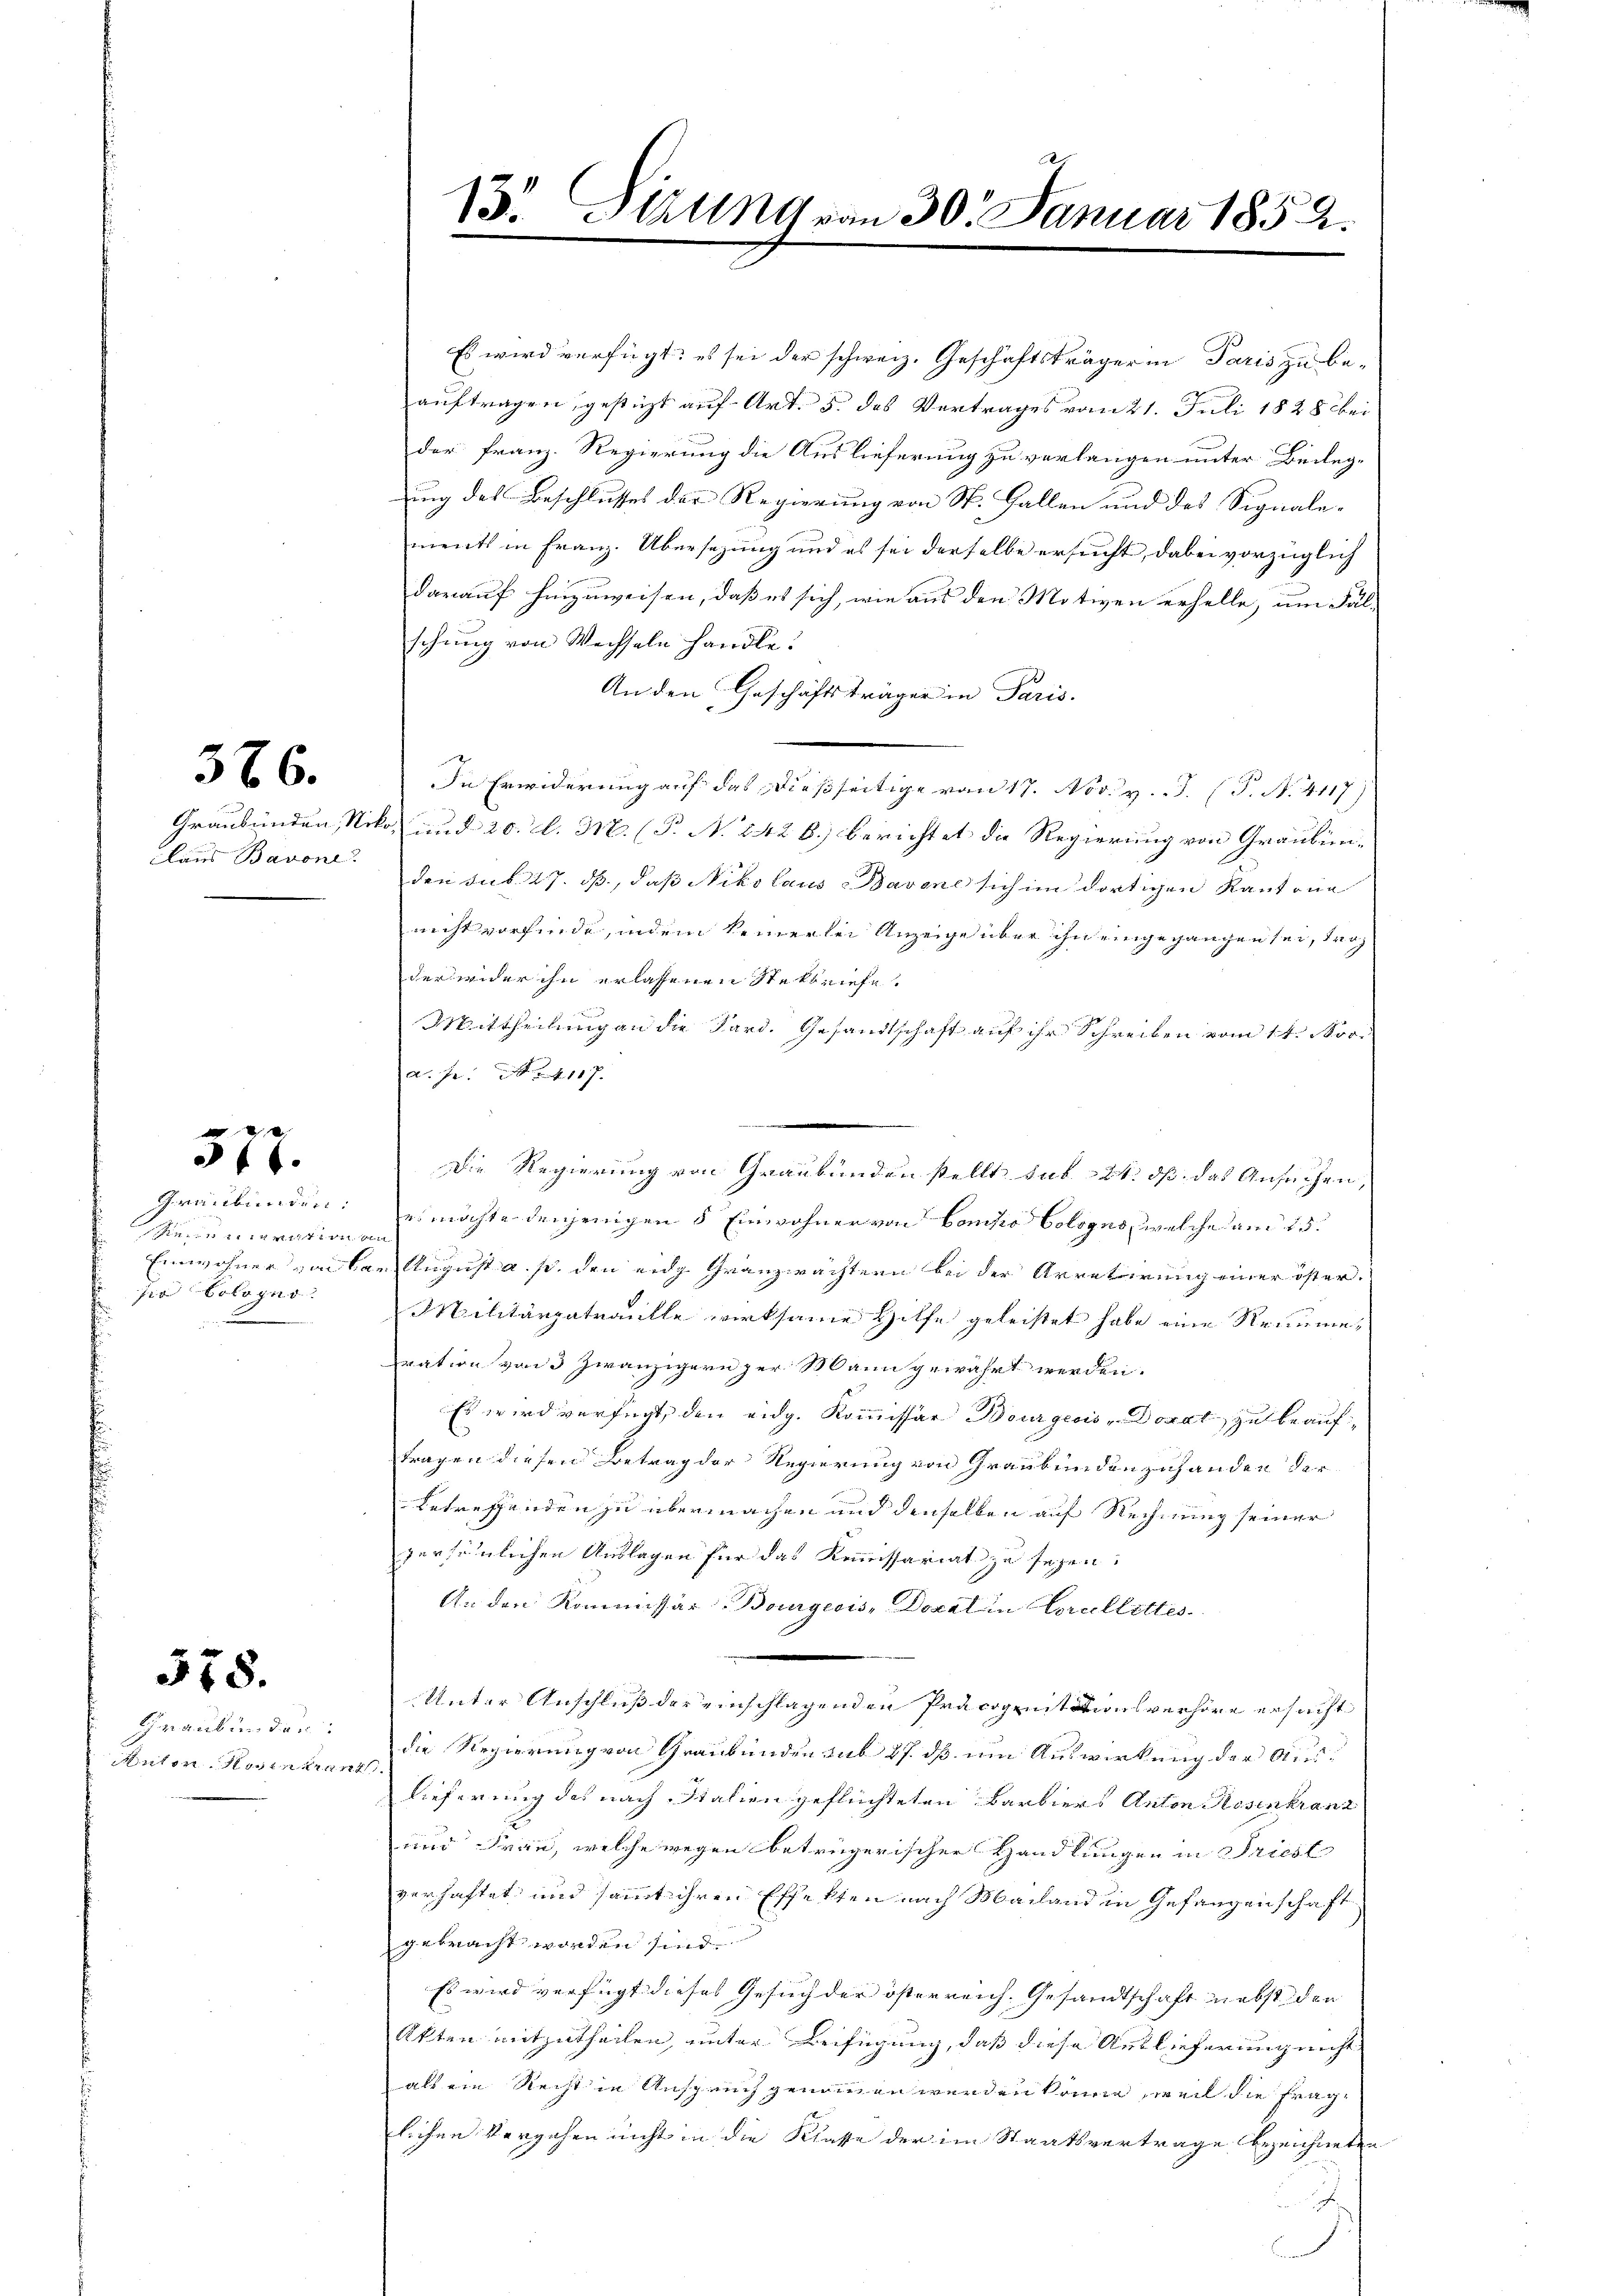
578.

386.

claus Barone.

577.

Graubünden:
zinnigsten
Einwohner vaika
zia Bologno

Graubünden.
inten Sinnern

13. Sizung von 30. Januar 1852.

Es wird verfügt: es sei der schweiz. Geschäftsträger in Paris zu beauftragen, gestüzt auf Art. 5. das Vortrages vom 21. Juli 1828 bei
der Franz. Regierung die Auslieferung zu verlangen unter Beileg-
uung des Beschlusses der Regierung von St. Gallen und des Signalements in Franz. Übersezung und es sei derselbe ersucht, dabei vorzüglich
darauf hinzuweisen, daß es sich, wie aus den Motiven erhelle, um Fal-
schung von Wechseln handle.
An den Geschäftsträger in Paris.
In Erwiderung auf das dießseitige von 17. Nov. v. J. P. N. 4117)
Graubünden, Niko und 20. d. M. (P. N. 242 6) berichtet die Regierung von Graubiniden sub 27. ds., daß Nikolaus Barone sich im dortigen Kantone
nicht vorfinde, indem keinerlei Anzeige über ihn eingegangen sei, troz |
der wider ihn erlassenen Steckbriefe.
f
Mittheilung an die Sard. Gesandtschaft auf ihr Schreiben vom 14. Nov.
a. p. N. 4117.
Die Regierung von Graubünden stellt sub 24 dß das Ansuchen,
es möchte denjenigen 5 Einwohner von Condo Cologno, welche am 15.
t
in August a. s. den eidg Granzwachtern bei der Arretirung einer öster.
Militärpatraulle wirksame Hilfe geleistet habe eine Remuneration von 3 Zwanzigern zur Mann gewährt werden.
Es wird verfügt, den eidg. Kommissär Bourgeois Donat zu beauf
Fragen diesen Betrag der Regierung von Graubündenzuhander der
betreffenden zu übermachen und denselben auf Rechnung seiner
persönlichen Auslagen für das Kommissariat zu sehen,
An den Kommissär Bourgeois, Docat in Corallettes.
.
Unter Anschluß der einschlagenden Präcognitationsverhöre ersucht
die Regierung von Graubünden sub 27. ds um Auswirkung der Aus¬
Lieferung des nach Italien geflüchteten Barbiers Anton Rosenkranz
und Frau, welche wegen betrügerischer Handlungen in Priest
verhaftet und samt ihren Effekten nach Machand in Gefangenschaft
gebracht worden sind.
Es wird verfügt dieses Gesuch der österreich. Gesandtschaft nebst den
Akten mitzutheilen, unter Beifügung, daß diese Auslieferung nicht
als ein Recht in Anspruch genommen werden könne, weil die fraglichen Vorgehen nicht in die Klasse der im Staatsvertrage bezeichneten
h